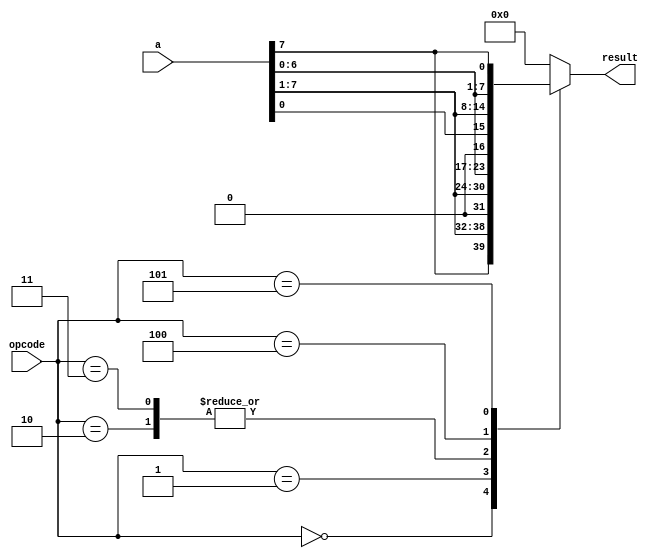
`timescale 1ns / 1ps
//////////////////////////////////////////////////////////////////////////////////
// Company: 
// Engineer: 
// 
// Design Name: 
// Module Name: SHIFT_ROTATE_UNIT
// Project Name: 
// Target Devices: 
// Tool Versions: 
// Description: 
// 
// Dependencies: 
// 
// Revision:
// Revision 0.01 - File Created
// Additional Comments:
// 
//////////////////////////////////////////////////////////////////////////////////


module shift_rotate (a, opcode, result);
//list inputs and outputs
input [7:0] a;
input [2:0] opcode;
output [7:0] result;

//specify wire for input and reg for output
wire [7:0] a;
wire [2:0] opcode;
reg [7:0] result;


//define the opcodes
parameter sra_op = 3'b000, //shift right arithmetic
srl_op = 3'b001,           //Shift right logical
sla_op = 3'b010,           //Shift left algebraic 
sll_op = 3'b011,           //Shift left logical
ror_op = 3'b100,           //rotate right
rol_op = 3'b101;           //rotate left

//execute the operations
always @ (a or opcode)
begin
case (opcode)
sra_op : result = {a[7], a[7], a[6], a[5],
 a[4], a[3], a[2], a[1]};
srl_op : result = a >> 1;
sla_op : result = {a[6], a[5], a[4], a[3],
 a[2], a[1], a[0], 1'b0};
 sll_op : result = a << 1;
ror_op : result = {a[0], a[7], a[6], a[5],
a[4], a[3], a[2], a[1]};
rol_op : result = {a[6], a[5], a[4], a[3],
a[2], a[1], a[0], a[7]};
default : result = 0;
endcase
end
endmodule